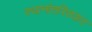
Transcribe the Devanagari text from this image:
स्थानांतरितकर